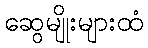
ဆွေမျိုးများထံ